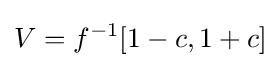
V=f^{-1}[1-c,1+c]